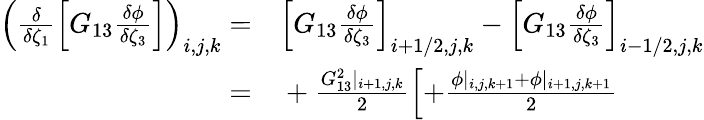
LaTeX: \begin{array}{rl}{\left(\frac{\delta}{\delta\zeta_{1}}\left[G_{13}\frac{\delta\phi}{\delta\zeta_{3}}\right]\right)_{i,j,k}=}&{{}\left[G_{13}\frac{\delta\phi}{\delta\zeta_{3}}\right]_{i+1/2,j,k}-\left[G_{13}\frac{\delta\phi}{\delta\zeta_{3}}\right]_{i-1/2,j,k}}\\ {=}&{{}+\frac{G_{13}^{2}|_{i+1,j,k}}{2}\left[+\frac{\phi|_{i,j,k+1}+\phi|_{i+1,j,k+1}}{2}\right.}\end{array}